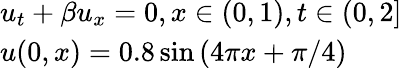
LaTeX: \begin{array}{l}{{u_{t}}+\beta{u_{x}}=0,\mathrm{{}}x\in\left({0,1}\right),t\in\left({0,2}\right]}\\ {u(0,x)=0.8\sin\left({4\pi x+\pi/4}\right)}\end{array}